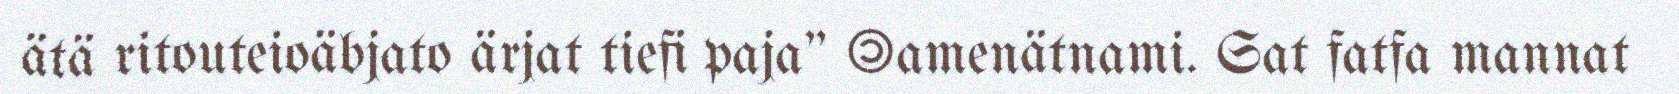
ätä ritouteioäbjato ärjat tiefi paja" ©amenätnami. Sat fatfa mannat